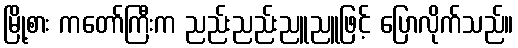
မြို့စား ကတော်ကြီးက ညည်းညည်းညူညူဖြင့် ပြောလိုက်သည်။